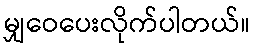
မျှဝေပေးလိုက်ပါတယ်။